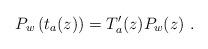
LaTeX: \begin{align*}P_w\left( t_a(z)\right) =T'_a(z)P_w(z)\ .\end{align*}